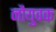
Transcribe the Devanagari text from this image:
नौयुवक